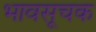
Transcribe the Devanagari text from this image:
भावसूचक